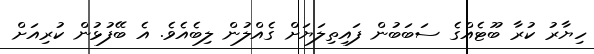
ހިޔާރު ކުރާ ބޫޓެއްގެ ސަބަބުން ފައިތިލަޔަށް ގެއްލުން ލިބެއެވެ. އެ ބޭފުޅުން ކުރިއަށް